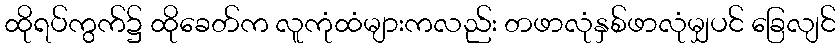
ထိုရပ်ကွက်၌ ထိုခေတ်က လူကုံထံများကလည်း တဖာလုံနှစ်ဖာလုံမျှပင် ခြေလျင်